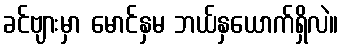
ခင်ဗျားမှာ မောင်နှမ ဘယ်နှယောက်ရှိလဲ။